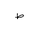
Letter: _da